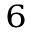
_ 6